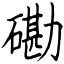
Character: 磡